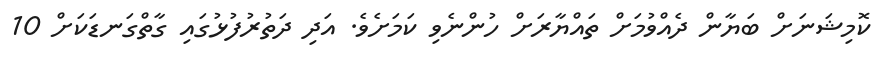
ކޮމިޝަނަށް ބަޔާން ދެއްވުމަށް ތައްޔާރަށް ހުންނެވި ކަމަށެވެ. އަދި ދަތުރުފުޅުގައި ގާތްގަނޑަކަށް 10